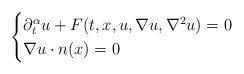
LaTeX: \begin{align*}\begin{cases}\partial_t^\alpha u+F(t,x,u,\nabla u,\nabla^2 u)=0\quad&\\\nabla u\cdot n(x)=0\quad&\end{cases}\end{align*}